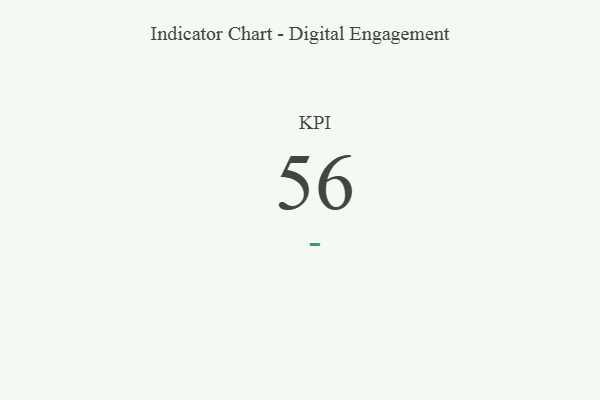
{"axis": {"x": "KPI", "y": "Value"}, "legend": [""], "data": [{"x": "KPI", "y": 56, "type": ""}]}